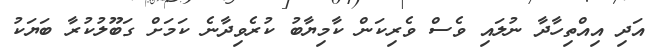
އަދި އިއްތިހާދާ ނުލައި ވެސް ވެރިކަން ކާމިޔާބު ކުރެވިދާނެ ކަމަށް ގަބޫލުކުރާ ބަޔަކު